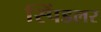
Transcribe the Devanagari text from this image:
स्पिंडलर